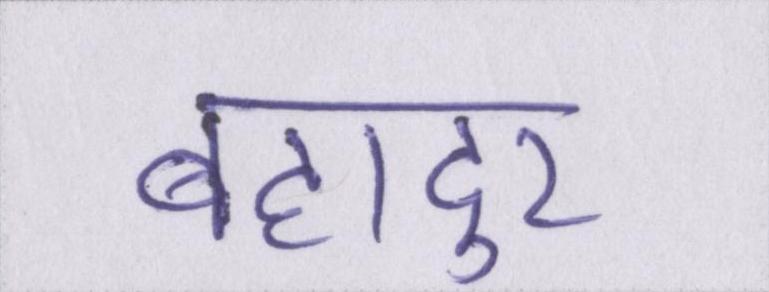
बहादुर